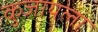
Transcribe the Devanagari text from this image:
कुजायला